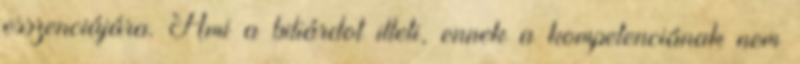
esszenciájára. Ami a biliárdot illeti, ennek a kompetenciának nem